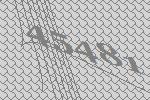
45481